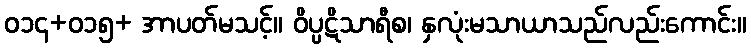
ဝ၁၄+၀၁၅+ အာပတ်မသင့်။ ဝိပ္ပဋိသာရီစ၊ နှလုံးမသာယာသည်လည်းကောင်း။